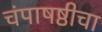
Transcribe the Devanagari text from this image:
चंपाषष्ठीचा